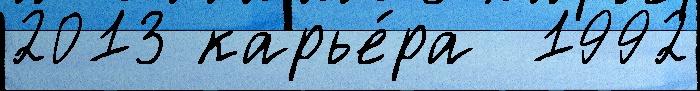
2013 карье́ра  1992